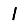
Digit: 1